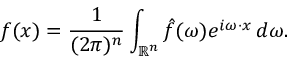
f ( x ) = { \frac { 1 } { ( 2 \pi ) ^ { n } } } \int _ { \mathbb { R } ^ { n } } { \hat { f } } ( \omega ) e ^ { i \omega \cdot x } \, d \omega .